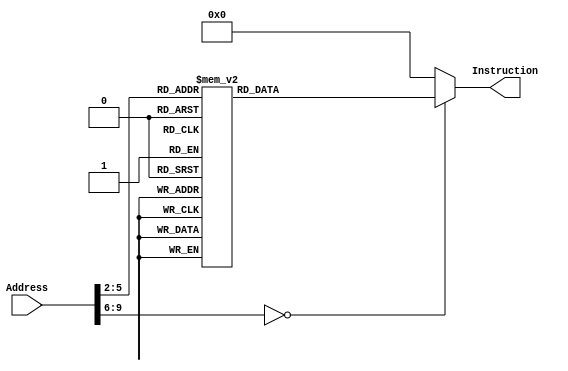
module InstructionMemory(
	input      [32 -1:0] Address, 
	output reg [32 -1:0] Instruction=0
);
	
	always @(*)
		case (Address[9:2])

			// -------- Paste Binary Instruction Below (Inst-q1.txt, Inst-q2.txt, Inst-q3.txt)
// 		addi $a0, $zero, 12123
// 		addiu $a1, $zero, -12345
// 		sll $a2, $a1, 16
// 		sra $a3, $a2, 16
// 		sw $a0 0($zero)
// 		beq $a3, $a1, L1
// 		lui $a0, 22222
// 	L1:
// 		add $t0, $a2, $a0
// 		sra $t1, $t0, 8
// 		addi $t2, $zero, -12123
// 		slt $v0, $a0, $t2
// 		sltu $v1, $a0, $t2
// 		lw $t3, 0($zero)
// 	Loop:
// 		j Loop

8'd0:	Instruction <= 32'h20042f5b;
8'd1:	Instruction <= 32'h2405cfc7;
8'd2:	Instruction <= 32'h00053400;
8'd3:	Instruction <= 32'h00063c03;
8'd4:	Instruction <= 32'hac040000;
8'd5:	Instruction <= 32'h10e50001;
8'd6:	Instruction <= 32'h3c0456ce;
8'd7:	Instruction <= 32'h00c44020;
8'd8:	Instruction <= 32'h00084a03;
8'd9:	Instruction <= 32'h200ad0a5;
8'd10:	Instruction <= 32'h008a102a;
8'd11:	Instruction <= 32'h008a182b;
8'd12:	Instruction <= 32'h8c0b0000;
8'd13:	Instruction <= 32'h0810000d;

			// -------- Paste Binary Instruction Above
			
			default: Instruction <= 32'h00000000;
		endcase
		
endmodule